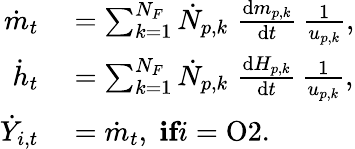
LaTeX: \begin{array}{rl}{\dot{m}_{t}}&{{}=\sum_{k=1}^{N_{F}}\dot{N}_{p,k}\; \frac{\mathrm{d}m_{p,k}}{\mathrm{d}t}\, \frac{1}{u_{p,k}},}\\ {\dot{h}_{t}}&{{}=\sum_{k=1}^{N_{F}}\dot{N}_{p,k}\; \frac{\mathrm{d}H_{p,k}}{\mathrm{d}t}\, \frac{1}{u_{p,k}},}\\ {\dot{Y}_{i,t}}&{{}=\dot{m}_{t},\; \textbf{if}i=\mathrm{O2}.}\end{array}